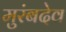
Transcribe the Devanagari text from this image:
मुरंबदेव